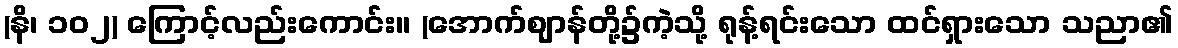
(နိ၊ ၁၀၂) ကြောင့်လည်းကောင်း။ (အောက်ဈာန်တို့၌ကဲ့သို့ ရုန့်ရင်းသော ထင်ရှားသော သညာ၏